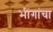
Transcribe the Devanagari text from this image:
भींगांचा